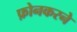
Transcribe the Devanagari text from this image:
फ़ोनकरने